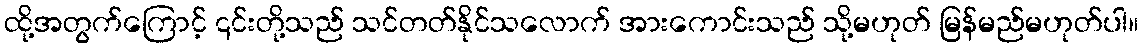
ထို့အတွက်ကြောင့် ၎င်းတို့သည် သင်တတ်နိုင်သလောက် အားကောင်းသည် သို့မဟုတ် မြန်မည်မဟုတ်ပါ။